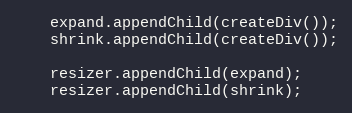
Language: JavaScript
	expand.appendChild(createDiv());
	shrink.appendChild(createDiv());

	resizer.appendChild(expand);
	resizer.appendChild(shrink);